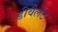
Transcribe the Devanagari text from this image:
डीवैलेंट